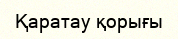
Қаратау қорығы